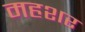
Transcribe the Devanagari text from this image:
महशर